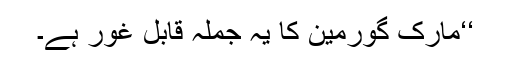
‘‘مارک گورمین کا یہ جملہ قابل غور ہے۔